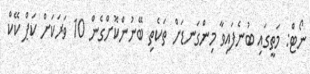
ނޯޓް: މަތީގައި ބުނެފައިވާ މިންގަނޑަށް ތަކެތި ބޭނުންކޮށްގެން 10 ވަރަކަށް ކަޕް ކޭކް